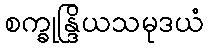
စက္ခုန္ဒြိယသမုဒယံ